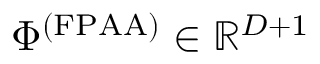
\Phi ^ { ( \mathrm { F P A A } ) } \in \mathbb { R } ^ { D + 1 }